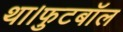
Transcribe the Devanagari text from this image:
था।फुटबॉल